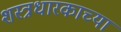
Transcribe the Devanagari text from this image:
शस्त्रधारकाच्या